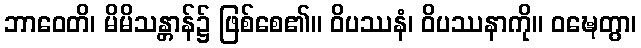
ဘာဝေတိ၊ မိမိသန္တာန်၌ ဖြစ်စေ၏။ ဝိပဿနံ၊ ဝိပဿနာကို။ ဝဍ္ဎေတွာ၊